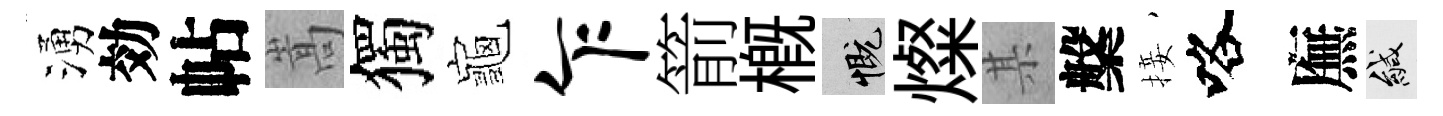
湧効帖嵩獨龜乍箭槪慨燦某槃接咯廡緘